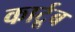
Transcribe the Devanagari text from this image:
कार्टूब